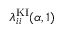
\lambda _ { i i } ^ { \mathrm { K I } } ( \alpha , 1 )